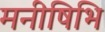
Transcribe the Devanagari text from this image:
मनीषिभि